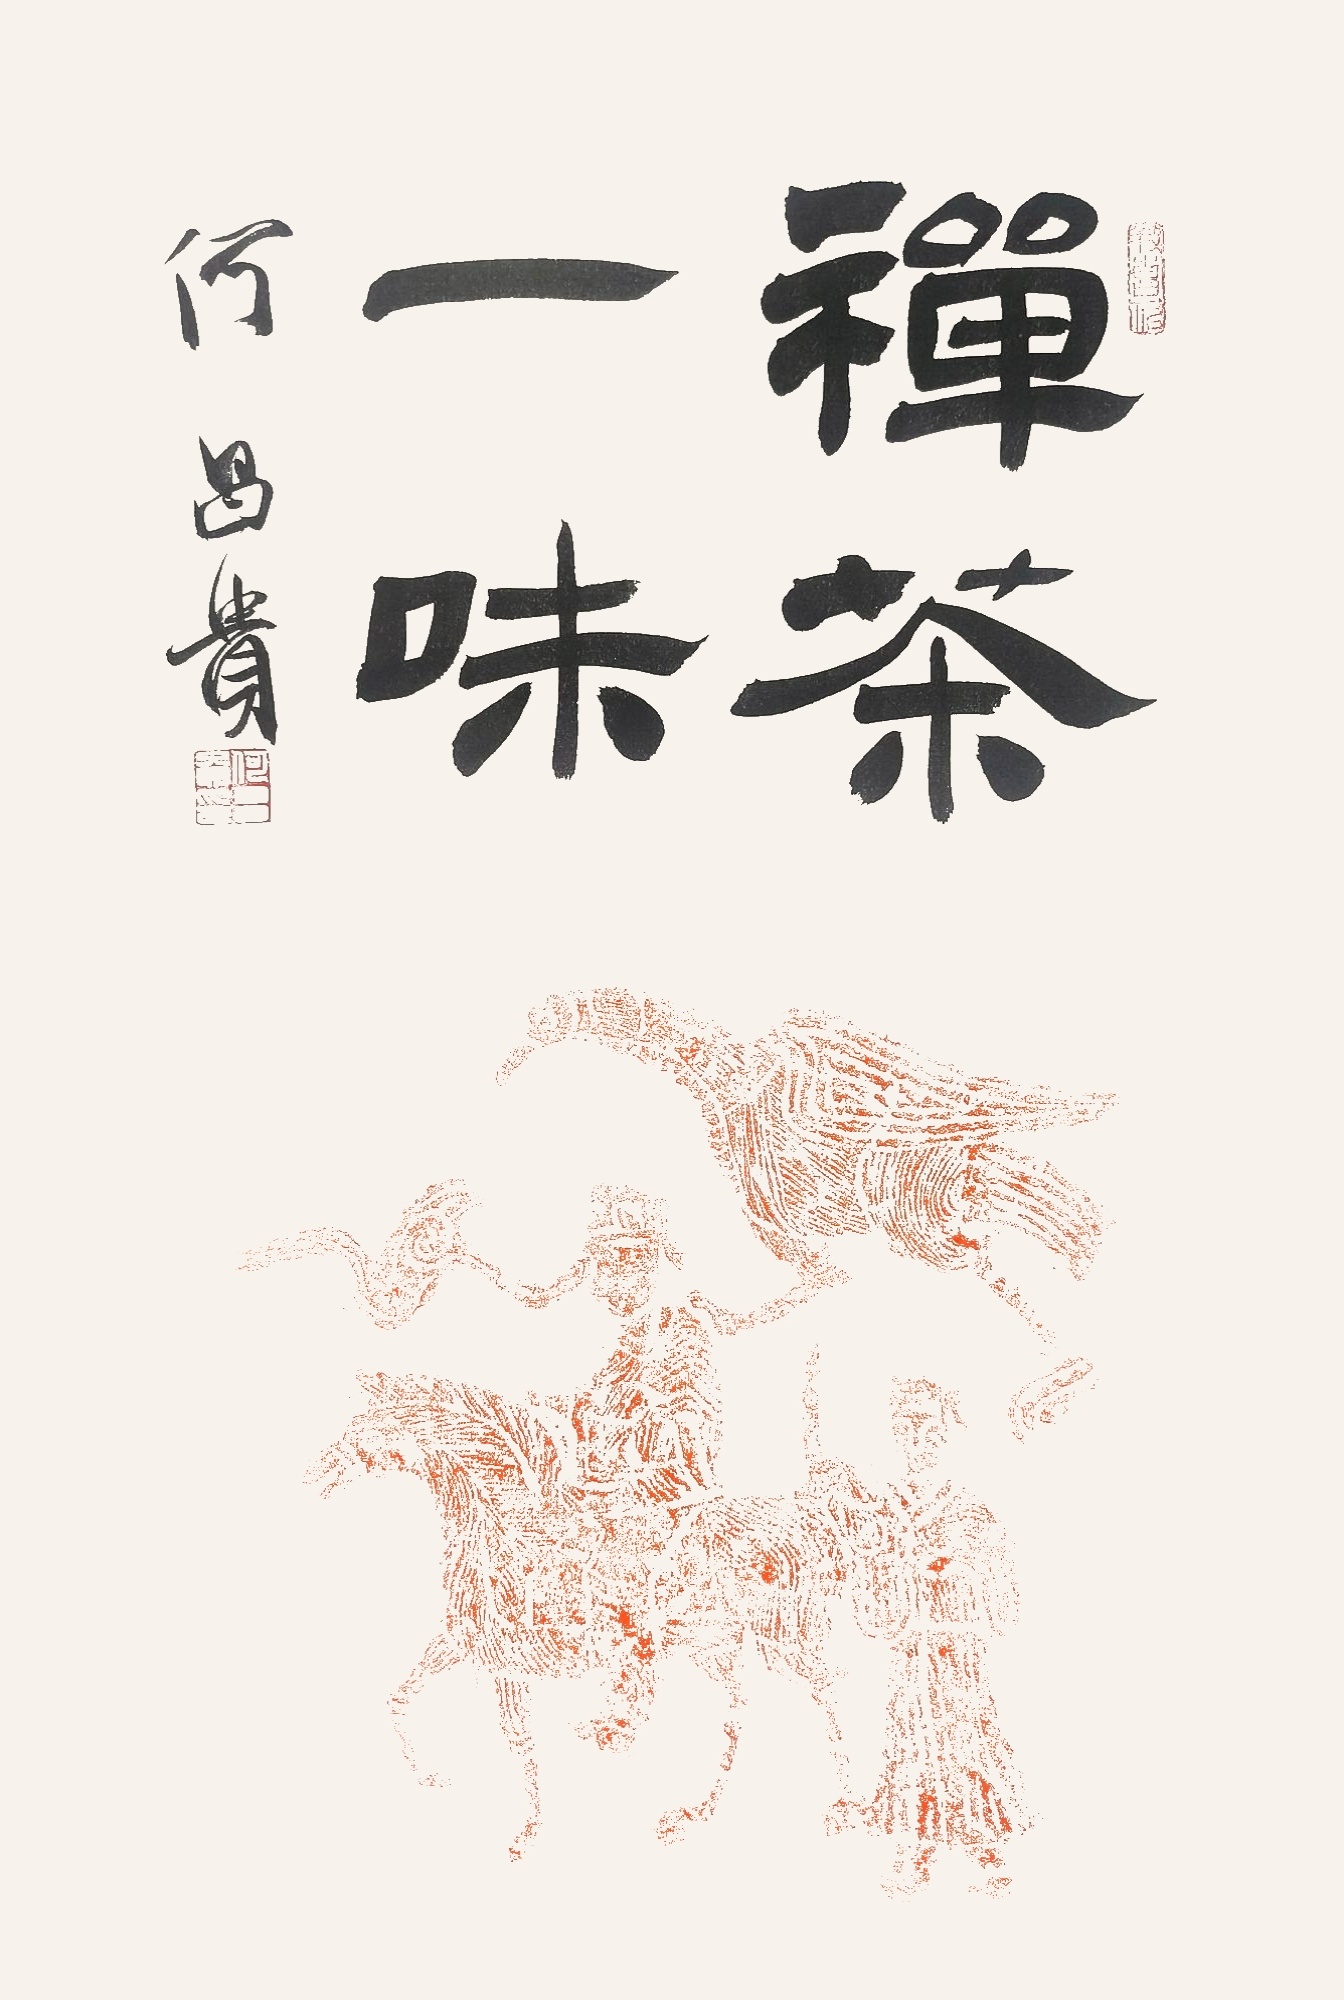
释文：禅茶一味何昌贵